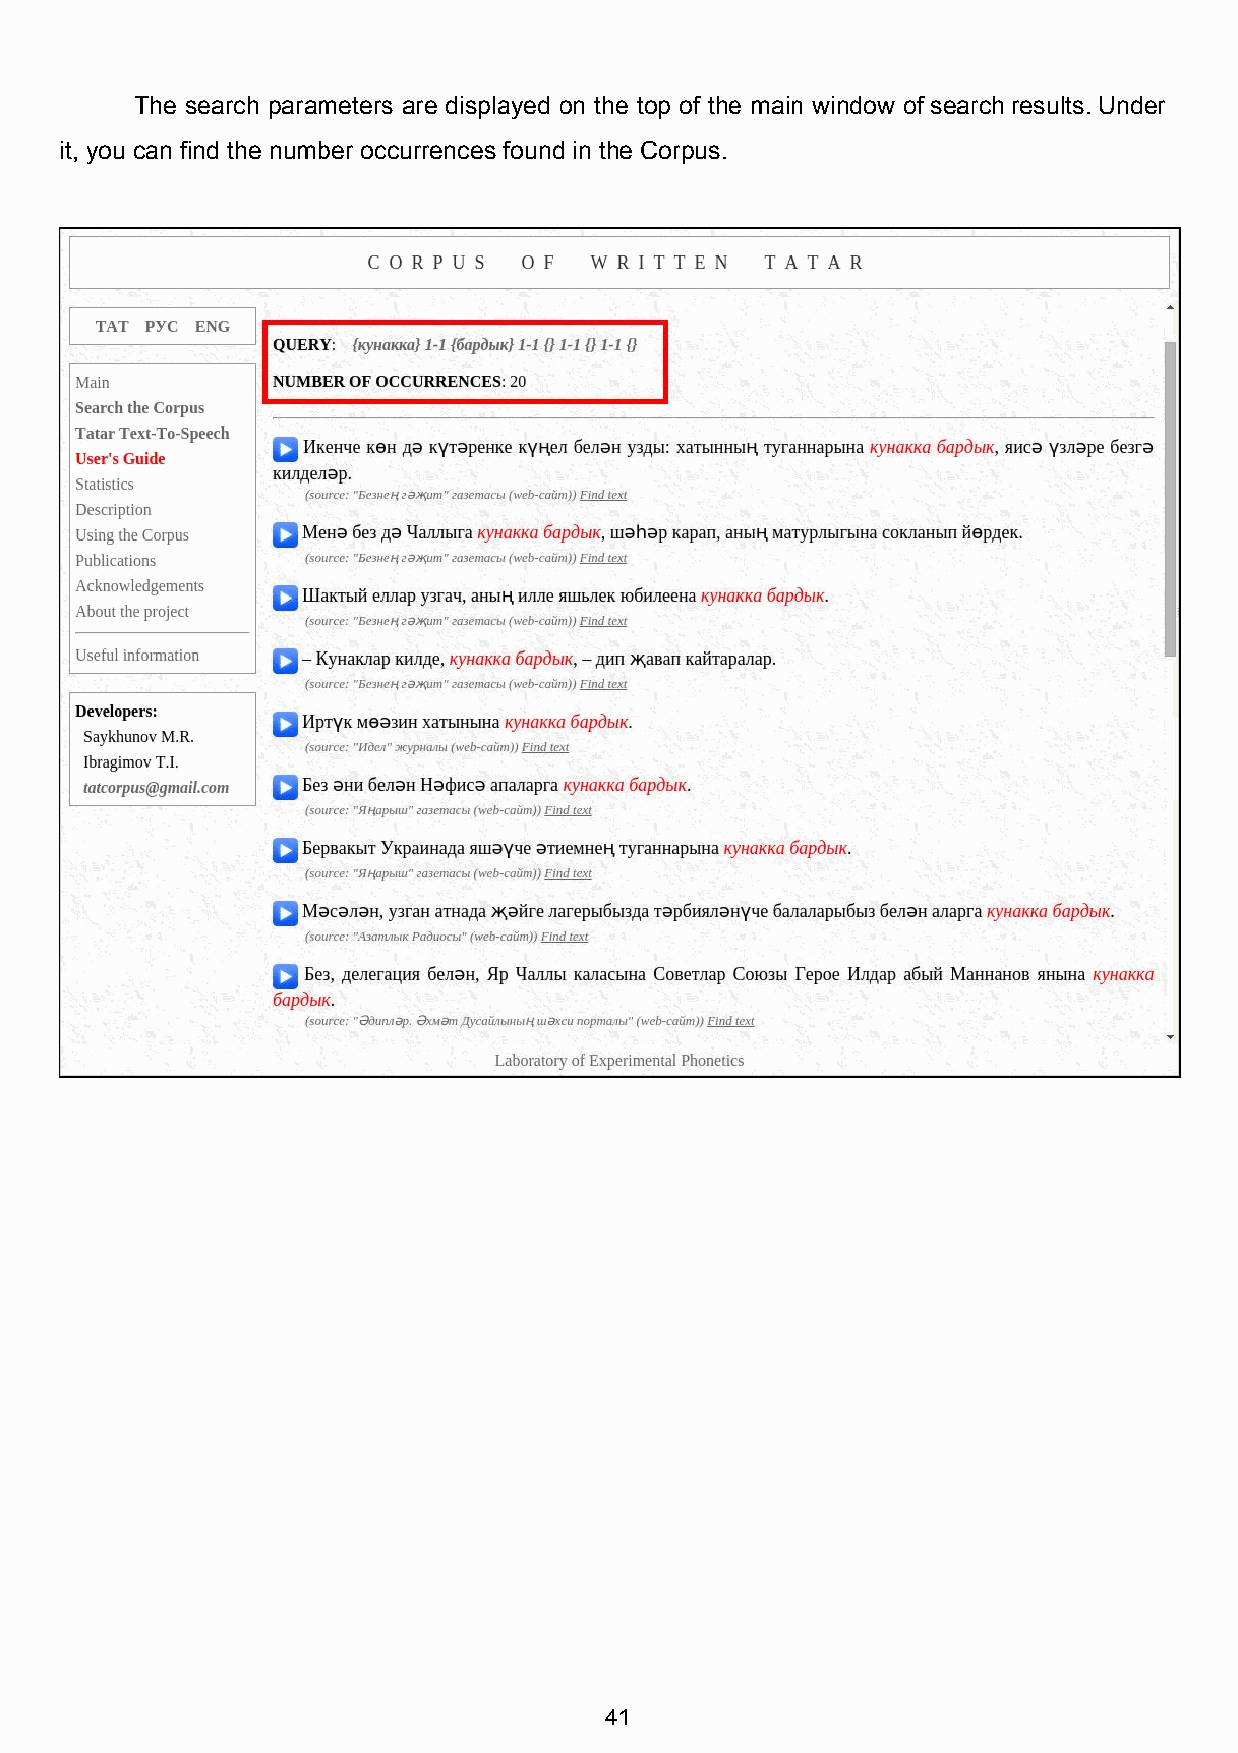
The search parameters are displayed on the top of the main window of search results. Under
 it, you can find the number occurrences found in the Corpus.
 41